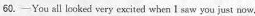
60.—You all looked very excited when I saw you just now,